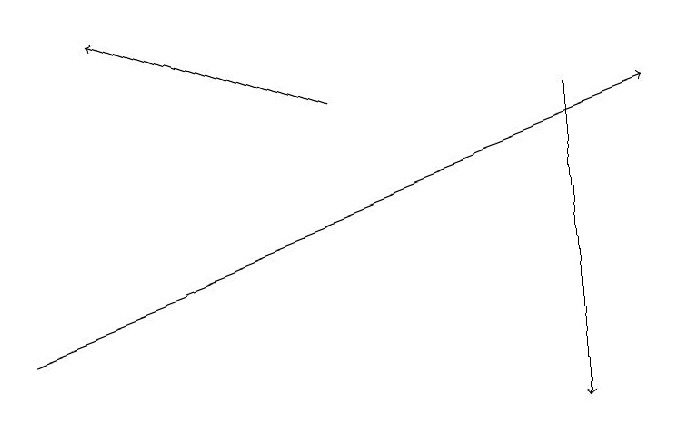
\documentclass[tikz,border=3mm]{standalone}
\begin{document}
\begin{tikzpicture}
\draw[->] (4,18) -- (1,19);
\draw[->] (0,15) -- (8,18);
\draw[->] (7,18) -- (7,14);
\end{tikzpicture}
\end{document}